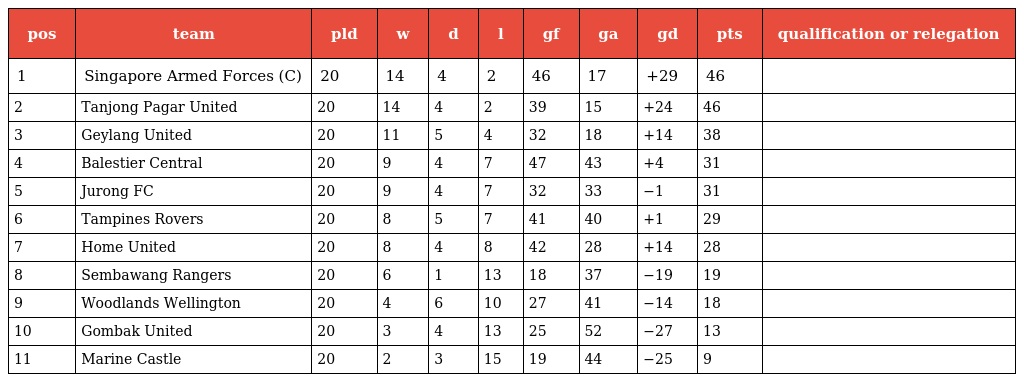
| pos | team | pld | w | d | l | gf | ga | gd | pts | qualification or relegation |
 | --- | --- | --- | --- | --- | --- | --- | --- | --- | --- | --- |
 | 1 | Singapore Armed Forces (C) | 20 | 14 | 4 | 2 | 46 | 17 | +29 | 46 |  |
 | 2 | Tanjong Pagar United | 20 | 14 | 4 | 2 | 39 | 15 | +24 | 46 |  |
 | 3 | Geylang United | 20 | 11 | 5 | 4 | 32 | 18 | +14 | 38 |  |
 | 4 | Balestier Central | 20 | 9 | 4 | 7 | 47 | 43 | +4 | 31 |  |
 | 5 | Jurong FC | 20 | 9 | 4 | 7 | 32 | 33 | −1 | 31 |  |
 | 6 | Tampines Rovers | 20 | 8 | 5 | 7 | 41 | 40 | +1 | 29 |  |
 | 7 | Home United | 20 | 8 | 4 | 8 | 42 | 28 | +14 | 28 |  |
 | 8 | Sembawang Rangers | 20 | 6 | 1 | 13 | 18 | 37 | −19 | 19 |  |
 | 9 | Woodlands Wellington | 20 | 4 | 6 | 10 | 27 | 41 | −14 | 18 |  |
 | 10 | Gombak United | 20 | 3 | 4 | 13 | 25 | 52 | −27 | 13 |  |
 | 11 | Marine Castle | 20 | 2 | 3 | 15 | 19 | 44 | −25 | 9 |  |